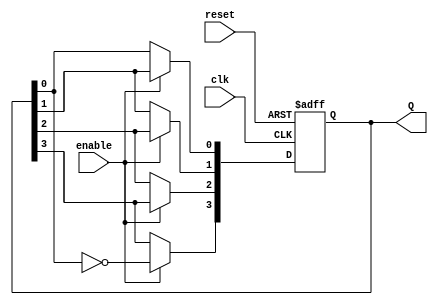
module johnson_counter(
    input wire clk,              // Clock input
    input wire reset,            // Asynchronous reset
    input wire enable,           // Enable functionality
    output reg [3:0] Q           // 4-bit output representing the current state
);

// Asynchronous reset functionality
always @(posedge clk or posedge reset) begin
    if (reset) begin
        Q <= 4'b0000;            // Initialize to 0000 on reset
    end else if (enable) begin
        // Johnson counter logic
        Q[3] <= ~Q[0];           // Feedback inverted output of the last flip-flop
        Q[2] <= Q[3];            // Shift Q3 to Q2
        Q[1] <= Q[2];            // Shift Q2 to Q1
        Q[0] <= Q[1];            // Shift Q1 to Q0
    end
end

endmodule